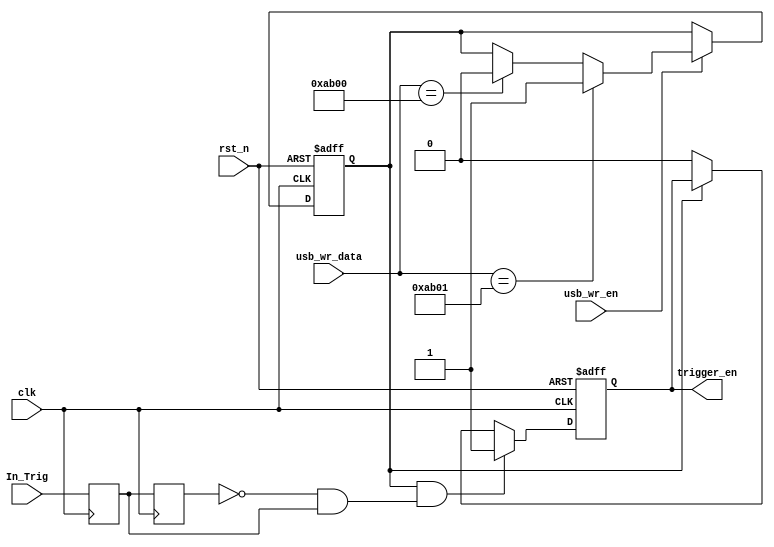
module trigger_ctrl(
    input           clk,
    input           rst_n,
    input [31:0]    usb_wr_data,
    input           usb_wr_en,
    input           In_Trig,
    output reg      trigger_en
);
reg trigger_temp;
reg In_Trig_d1;
reg In_Trig_d2;

always @(posedge clk) begin
    In_Trig_d1  <= In_Trig;
    In_Trig_d2  <= In_Trig_d1;
end

always @(posedge clk or negedge rst_n)begin
    if(!rst_n) begin
        trigger_temp <= 0;
    end
    else if(usb_wr_en) begin
        if(usb_wr_data[31:0] == 32'h0000AB01)begin
            trigger_temp <= 1;
        end
        else if(usb_wr_data[31:0] == 32'h0000AB00)begin
            trigger_temp <= 0;
        end
    end
end

always @(posedge clk or negedge rst_n)begin
    if(!rst_n) begin
        trigger_en <= 0;
    end
    else if(trigger_temp & (!In_Trig_d2 & In_Trig_d1)) begin
        trigger_en <= 1;
    end
    else if(!trigger_temp) begin
        trigger_en <= 0;
    end
end

endmodule